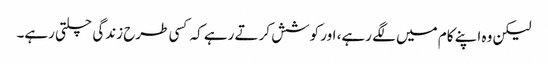
لیکن وہ اپنے کام میں لگے رہے، اور کوشش کرتے رہے کہ کسی طرح زندگی چلتی رہے۔